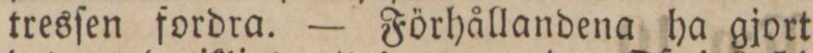
tresſen fordra. — Förhållandena ha gjort